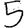
Digit: 5